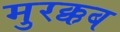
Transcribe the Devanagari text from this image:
मुरक्कब